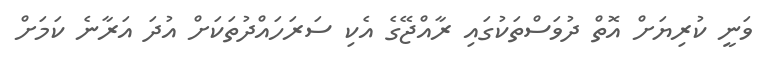
ވަނީ ކުރިޔަށް އޮތް ދުވަސްތަކުގައި ރާއްޖޭގެ އެކި ސަރަހައްދުތަކަށް އުދަ އަރާނެ ކަމަށް